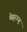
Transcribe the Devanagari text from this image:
मेस्र्रज्जु